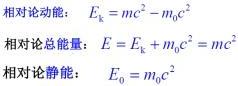
相对论动能：$E_{k}=mc^{2}-m_{0}c^{2}$
相对论总能量：$E = E_{k}+m_{0}c^{2}=mc^{2}$
相对论静能：$E_{0}=m_{0}c^{2}$